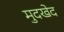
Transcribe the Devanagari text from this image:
मुदखेद